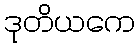
ဒုတိယကေ